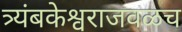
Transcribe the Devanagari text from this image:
त्र्यंबकेश्वराजवळच